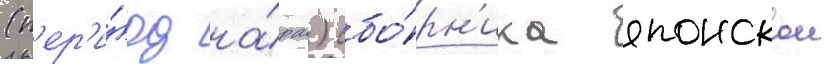
(п'ер'и́од на́ра) сбо́рн'ика японскои